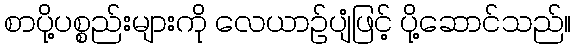
စာပို့ပစ္စည်းများကို လေယာဉ်ပျံဖြင့် ပို့ဆောင်သည်။